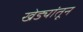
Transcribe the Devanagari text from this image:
खेड्यांतून